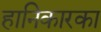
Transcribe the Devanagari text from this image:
हानिकारका